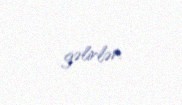
gəlirlər.